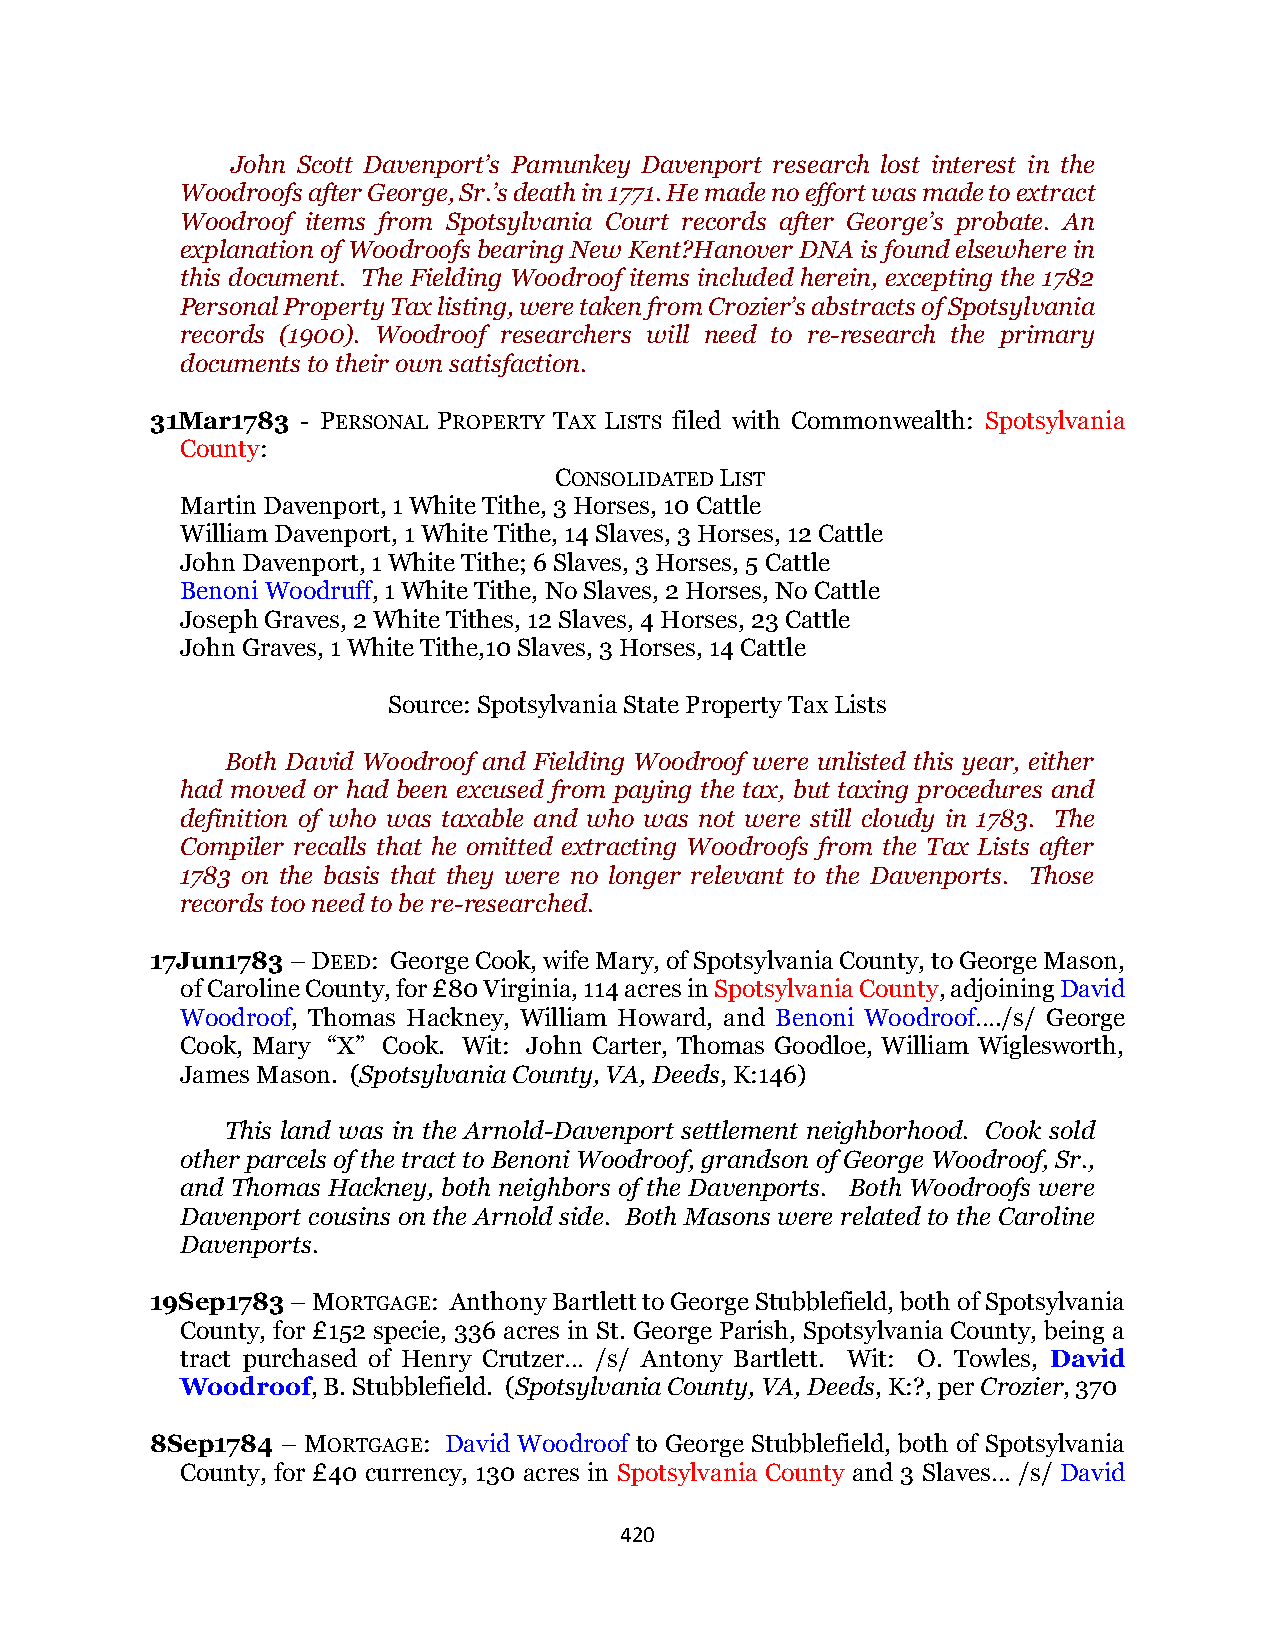
John Scott Davenport’s Pamunkey Davenport research lost interest in the
 Woodroofs after George, Sr.’s death in 1771. He made no effort was made to extract
 Woodroof items from Spotsylvania Court records after George’s probate. An
 explanation of Woodroofs bearing New Kent?Hanover DNA is found elsewhere in
 this document. The Fielding Woodroof items included herein, excepting the 1782
 Personal Property Tax listing, were taken from Crozier’s abstracts of Spotsylvania
 records (1900). Woodroof researchers will need to re-research the primary
 documents to their own satisfaction.
 31Mar1783 - PERSONAL PROPERTY TAX LISTS filed with Commonwealth: Spotsylvania
 County:
 CONSOLIDATED LIST
 Martin Davenport, 1 White Tithe, 3 Horses, 10 Cattle
 William Davenport, 1 White Tithe, 14 Slaves, 3 Horses, 12 Cattle
 John Davenport, 1 White Tithe; 6 Slaves, 3 Horses, 5 Cattle
 Benoni Woodruff, 1 White Tithe, No Slaves, 2 Horses, No Cattle
 Joseph Graves, 2 White Tithes, 12 Slaves, 4 Horses, 23 Cattle
 John Graves, 1 White Tithe,10 Slaves, 3 Horses, 14 Cattle
 Source: Spotsylvania State Property Tax Lists
 Both David Woodroof and Fielding Woodroof were unlisted this year, either
 had moved or had been excused from paying the tax, but taxing procedures and
 definition of who was taxable and who was not were still cloudy in 1783. The
 Compiler recalls that he omitted extracting Woodroofs from the Tax Lists after
 1783 on the basis that they were no longer relevant to the Davenports. Those
 records too need to be re-researched.
 17Jun1783 – DEED: George Cook, wife Mary, of Spotsylvania County, to George Mason,
 of Caroline County, for £80 Virginia, 114 acres in Spotsylvania County, adjoining David
 Woodroof, Thomas Hackney, William Howard, and Benoni Woodroof…./s/ George
 Cook, Mary “X” Cook. Wit: John Carter, Thomas Goodloe, William Wiglesworth,
 James Mason. (Spotsylvania County, VA, Deeds, K:146)
 This land was in the Arnold-Davenport settlement neighborhood. Cook sold
 other parcels of the tract to Benoni Woodroof, grandson of George Woodroof, Sr.,
 and Thomas Hackney, both neighbors of the Davenports. Both Woodroofs were
 Davenport cousins on the Arnold side. Both Masons were related to the Caroline
 Davenports.
 19Sep1783 – MORTGAGE: Anthony Bartlett to George Stubblefield, both of Spotsylvania
 County, for £152 specie, 336 acres in St. George Parish, Spotsylvania County, being a
 tract purchased of Henry Crutzer… /s/ Antony Bartlett. Wit: O. Towles, David
 Woodroof, B. Stubblefield. (Spotsylvania County, VA, Deeds, K:?, per Crozier, 370
 8Sep1784 – MORTGAGE: David Woodroof to George Stubblefield, both of Spotsylvania
 County, for £40 currency, 130 acres in Spotsylvania County and 3 Slaves… /s/ David
 420